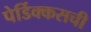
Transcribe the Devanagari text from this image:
पेर्डिक्कसची